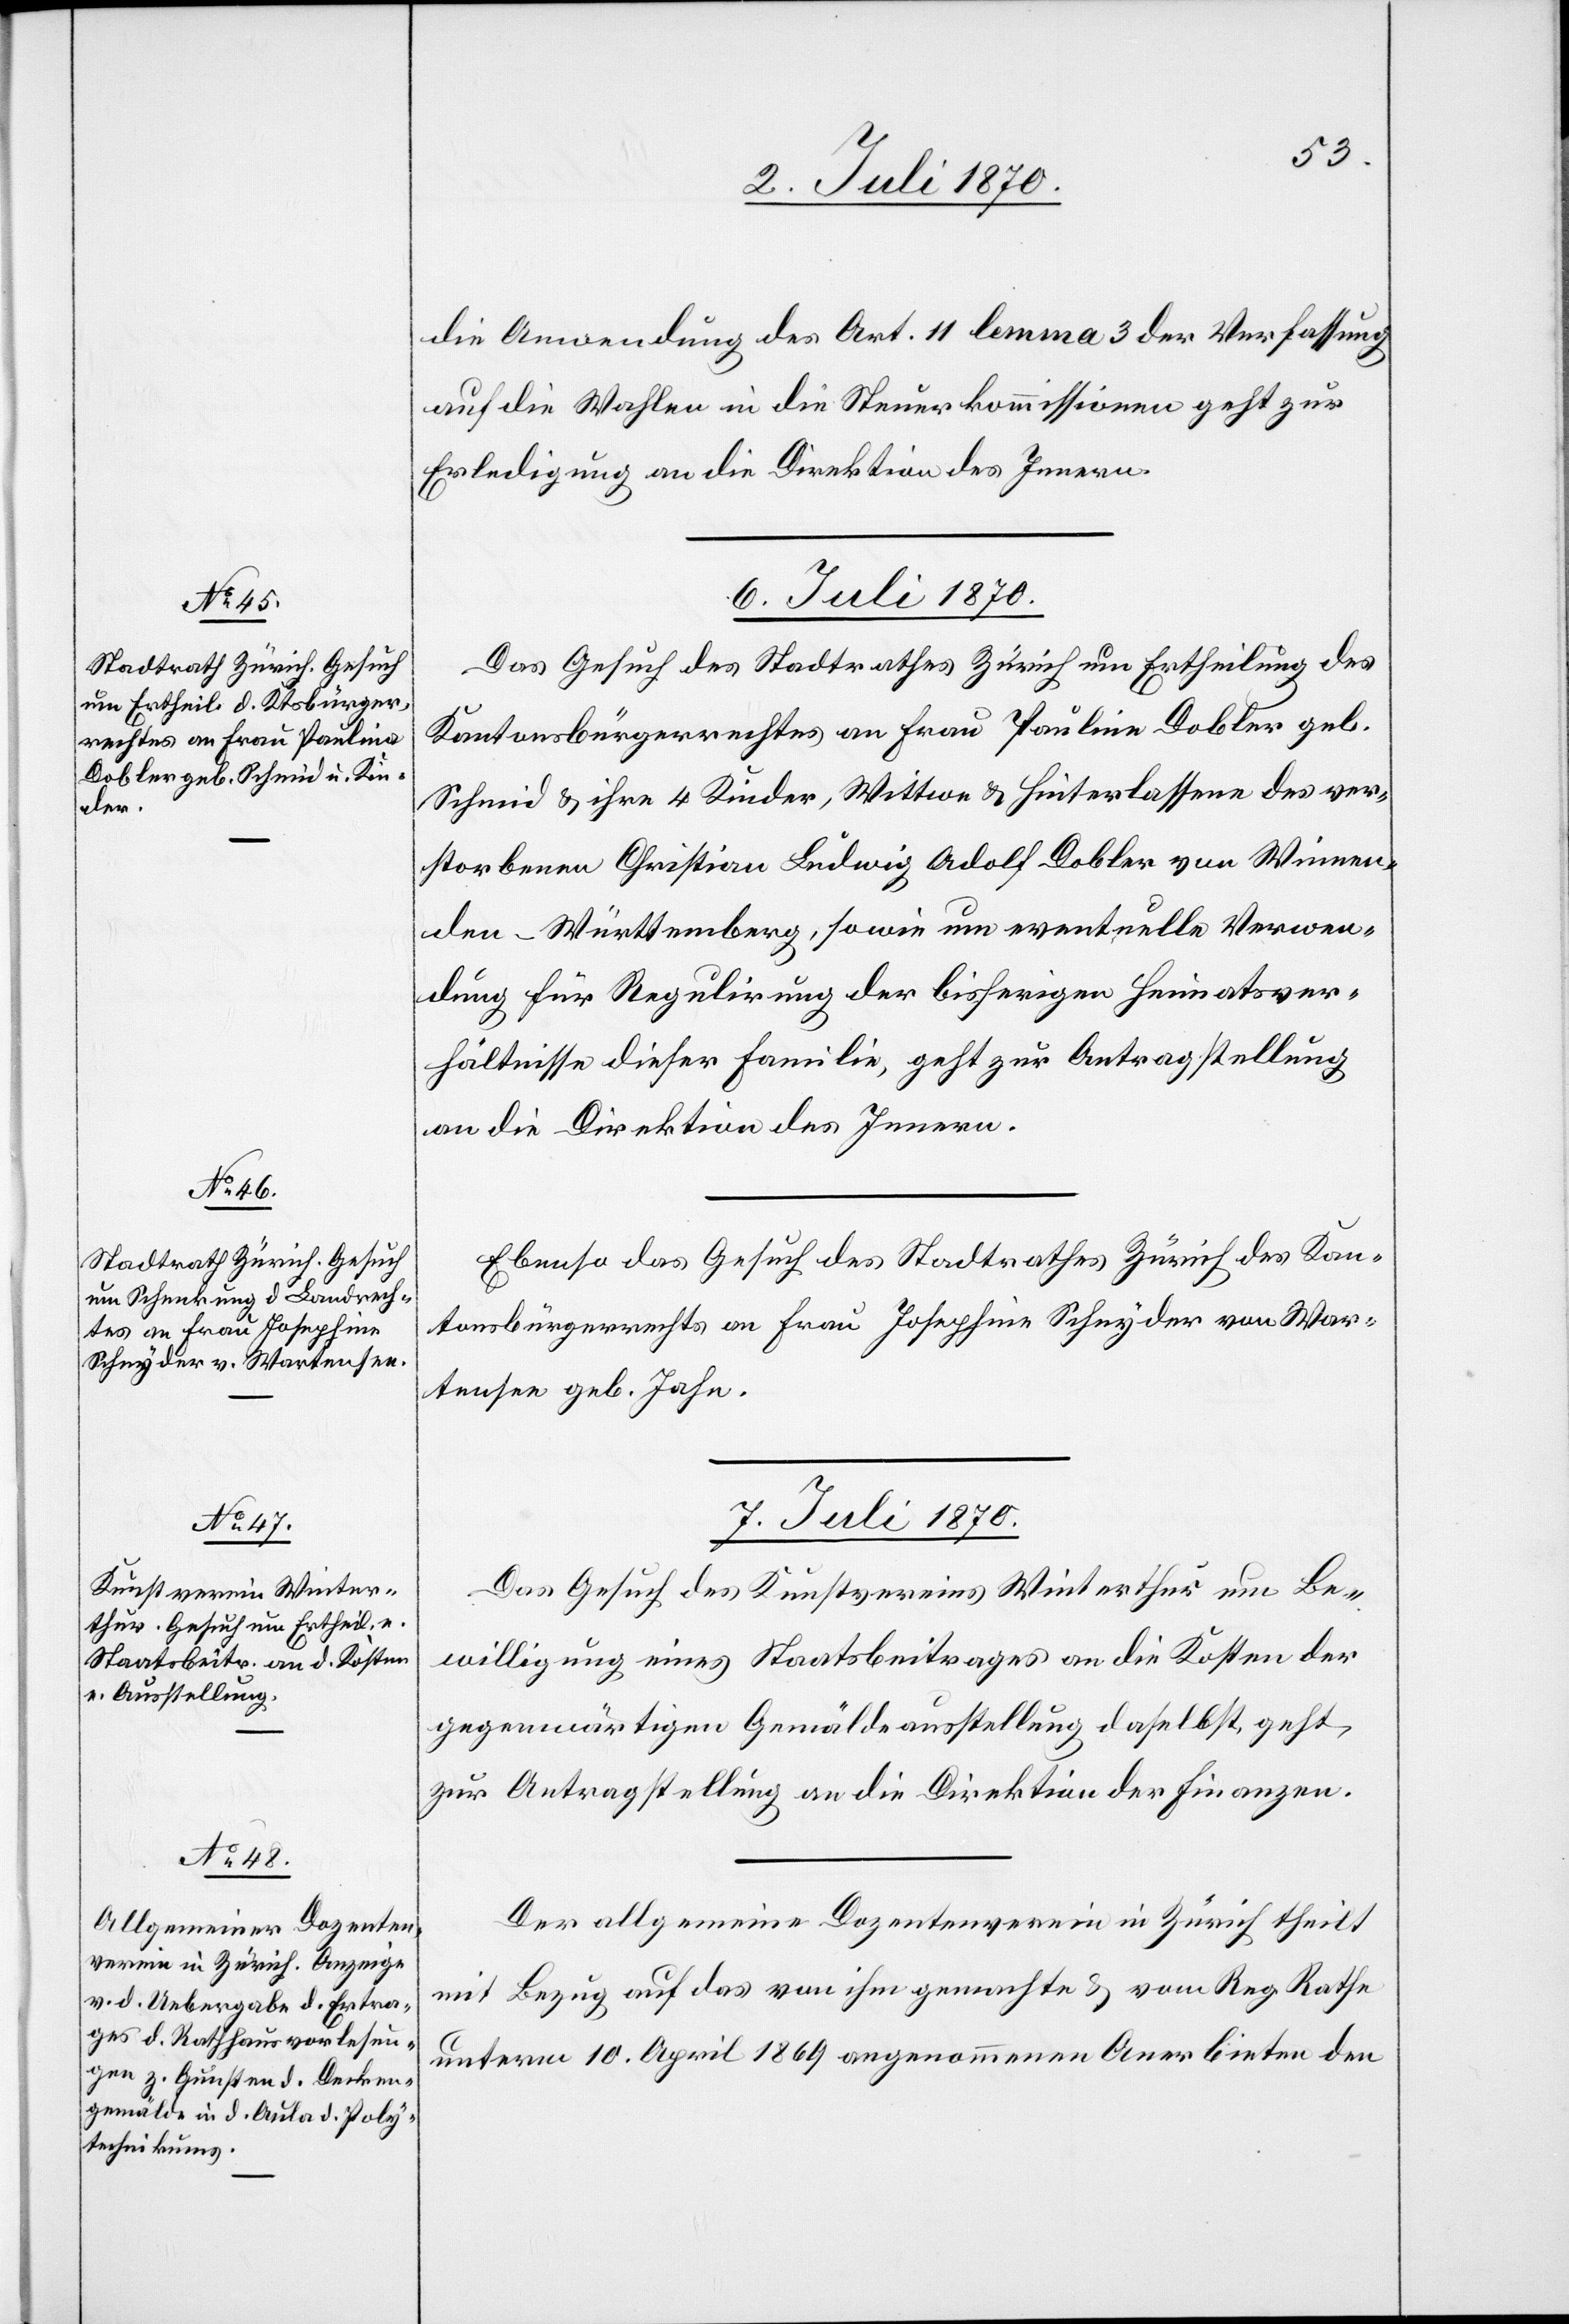
kung]

die Anwendung des Art. 11 lemma 3 der Verfassung
auf die Wahlen in die Steuerkommission geht zur
Erledigung an die Direktion des Innern.
6. Juli 1870.]
Das Gesuch des Stadtrathes Zürich um Ertheilung des
Kantonsbürgerrechtes an Frau Paulina Dobler geb.
Schmid & ihre 4 Kinder, Wittwe & Hinterlassene des ver¬
storbenen Christian Ludwig Adolf Dobler von Winnen¬
den - Württemberg, sowie um eventuelle Verwen¬
dung für Regulirung der bisherigen Heimatsver¬
hältnisse dieser Familie, geht zur Antragstellung
an die Direktion des Innern.
Ebenso das Gesuch des Stadtrathes Zürich [um Schen¬
ntonsbürgerrechts an Frau Josephina Schnyder von War¬
Ka¬
tensee geb. Jahn.
7. Juli 1870.]
Das Gesuch des Kunstvereins Winterthur um Be¬
willigung eines Staatsbeitrages an die Kosten der
gegenwärtigen Gemäldeausstellung daselbst, geht
zur Antragstellung an die Direktion der Finanzen.
Der allgemeine Dozentenverein in Zürich theilt
mit Bezug auf das von ihm gemachte & vom Reg. Rathe
unterm 10. April 1869 angenommene Anerbieten den